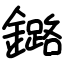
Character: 鏴